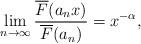
LaTeX: \begin{align*}\lim_{n \rightarrow \infty} \frac{\overline{F}(a_nx)}{\overline{F}(a_n)} = x^{- \alpha},\end{align*}